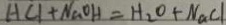
H C l + N a O H = H _ { 2 } O + N a C l